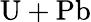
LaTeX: \mathrm{U}+\mathrm{Pb}